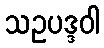
သဥပဒ္ဒဝါ